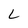
Character: L